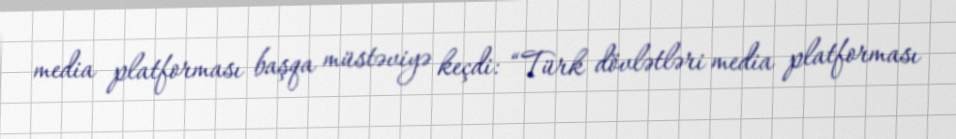
media platforması başqa müstəviyə keçdi: “Türk dövlətləri media platforması